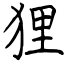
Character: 狸